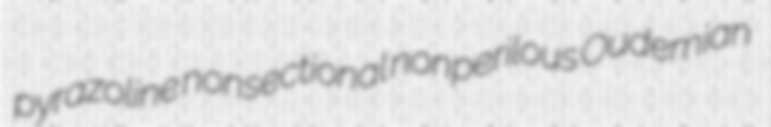
pyrazoline nonsectional nonperilous Oudemian